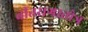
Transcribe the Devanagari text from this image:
वीतरागस्तोत्र